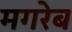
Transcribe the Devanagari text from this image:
मगरेब